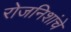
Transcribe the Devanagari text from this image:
रोजनिशांचे